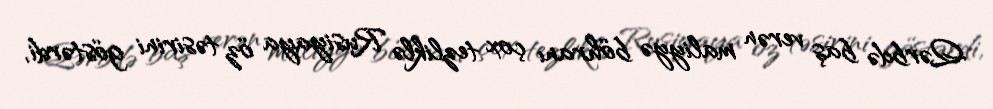
Qərbdə baş verən maliyyə böhranı çox tezliklə Rusiyaya öz təsirini göstərdi,